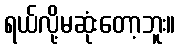
ရယ်လို့မဆုံးတော့ဘူး။